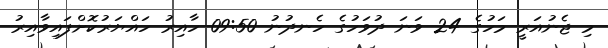
މި ޖެނުއަރީ މަހުގެ 24 ވަނަ ދުވަހުގެ ހެނދުނު 09:50 ހާއިރު ހައްޔަރުކޮށްފައިވާއިރު